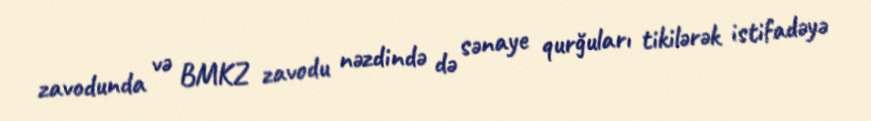
zavodunda və BMKZ zavodu nəzdində də sənaye qurğuları tikilərək istifadəyə